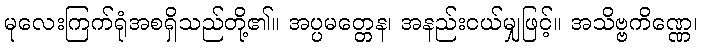
မုလေးကြက်ရုံအစရှိသည်တို့၏။ အပ္ပမတ္တေန၊ အနည်းငယ်မျှဖြင့်။ အသိဗ္ဗကိဏ္ဏေ၊